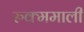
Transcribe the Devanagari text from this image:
रुक्ममाली